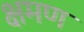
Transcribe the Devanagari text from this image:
क्षमण